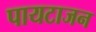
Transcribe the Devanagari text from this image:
पायटाजन